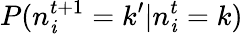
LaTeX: P(n_{\mathit{i}}^{t+1}=k^{\prime}|n_{\mathit{i}}^{t}=k)